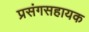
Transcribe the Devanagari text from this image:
प्रसंगसहायक